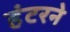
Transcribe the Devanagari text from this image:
हंटरने